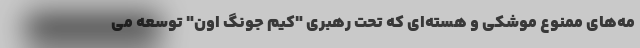
مه‌های ممنوع موشکی و هسته‌ای که تحت رهبری "کیم جونگ اون" توسعه می